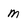
Character: m